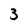
Character: 3